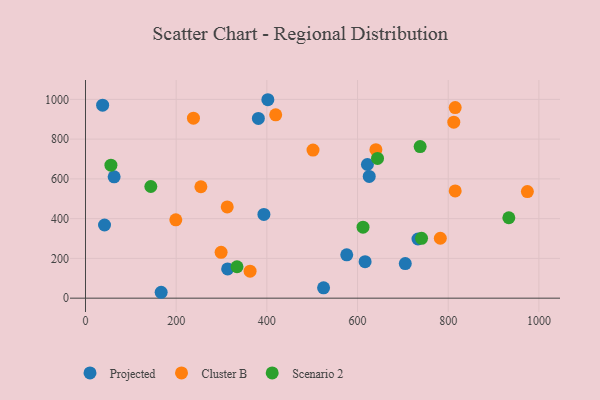
{"axis": {"x": "Distance", "y": "Salary"}, "legend": ["Cluster B", "Projected", "Scenario 2"], "data": [{"x": "37.8", "y": 971.1, "type": "Projected"}, {"x": "313.5", "y": 147.2, "type": "Projected"}, {"x": "525.1", "y": 52.1, "type": "Projected"}, {"x": "576.2", "y": 218.2, "type": "Projected"}, {"x": "393.5", "y": 421.3, "type": "Projected"}, {"x": "381.3", "y": 904.2, "type": "Projected"}, {"x": "705.3", "y": 173.8, "type": "Projected"}, {"x": "63.2", "y": 610.3, "type": "Projected"}, {"x": "166.9", "y": 29.6, "type": "Projected"}, {"x": "402.2", "y": 998.3, "type": "Projected"}, {"x": "733.3", "y": 297.5, "type": "Projected"}, {"x": "625.8", "y": 612.5, "type": "Projected"}, {"x": "616.7", "y": 183.5, "type": "Projected"}, {"x": "42.0", "y": 368.0, "type": "Projected"}, {"x": "621.8", "y": 672.5, "type": "Projected"}, {"x": "199.2", "y": 394.0, "type": "Cluster B"}, {"x": "501.8", "y": 744.9, "type": "Cluster B"}, {"x": "815.4", "y": 958.7, "type": "Cluster B"}, {"x": "254.5", "y": 560.6, "type": "Cluster B"}, {"x": "640.5", "y": 746.9, "type": "Cluster B"}, {"x": "812.3", "y": 885.4, "type": "Cluster B"}, {"x": "782.6", "y": 301.3, "type": "Cluster B"}, {"x": "419.5", "y": 922.1, "type": "Cluster B"}, {"x": "974.6", "y": 536.4, "type": "Cluster B"}, {"x": "363.0", "y": 135.9, "type": "Cluster B"}, {"x": "238.1", "y": 905.7, "type": "Cluster B"}, {"x": "312.6", "y": 459.0, "type": "Cluster B"}, {"x": "815.4", "y": 539.5, "type": "Cluster B"}, {"x": "299.1", "y": 230.8, "type": "Cluster B"}, {"x": "334.2", "y": 158.1, "type": "Scenario 2"}, {"x": "144.1", "y": 561.8, "type": "Scenario 2"}, {"x": "741.2", "y": 301.1, "type": "Scenario 2"}, {"x": "644.1", "y": 702.8, "type": "Scenario 2"}, {"x": "612.1", "y": 356.9, "type": "Scenario 2"}, {"x": "56.1", "y": 669.2, "type": "Scenario 2"}, {"x": "933.7", "y": 404.5, "type": "Scenario 2"}, {"x": "738.1", "y": 762.4, "type": "Scenario 2"}]}